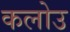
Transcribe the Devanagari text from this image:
कलोउ